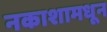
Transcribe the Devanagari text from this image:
नकाशामधून